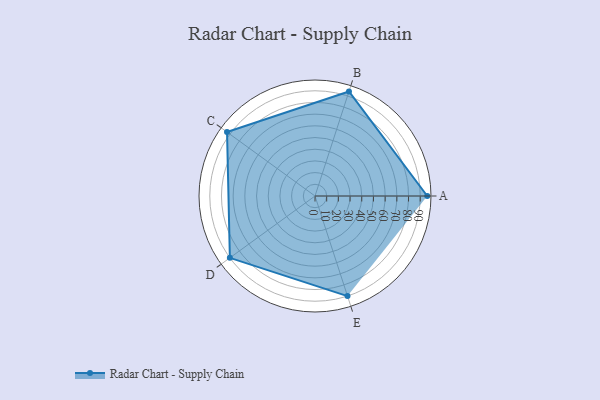
{"axis": {"x": "Skill", "y": "Score"}, "legend": ["Profile"], "data": [{"x": "A", "y": 96.0, "type": "Profile"}, {"x": "B", "y": 94.0, "type": "Profile"}, {"x": "C", "y": 93.0, "type": "Profile"}, {"x": "D", "y": 90.0, "type": "Profile"}, {"x": "E", "y": 90.0, "type": "Profile"}]}